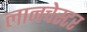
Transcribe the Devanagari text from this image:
लानचेस्टर